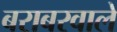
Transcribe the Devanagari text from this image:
बराबरवाले